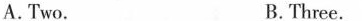
A.Two. B.Three